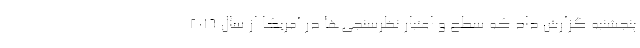
پنجشنبه گزارش داد که سطح و اعتبار نظرسنجی‌ها در آمریکا از سال ۲۰۱۶